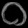
Digit: ၀